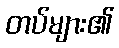
တပ်များ၏